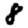
Digit: 8